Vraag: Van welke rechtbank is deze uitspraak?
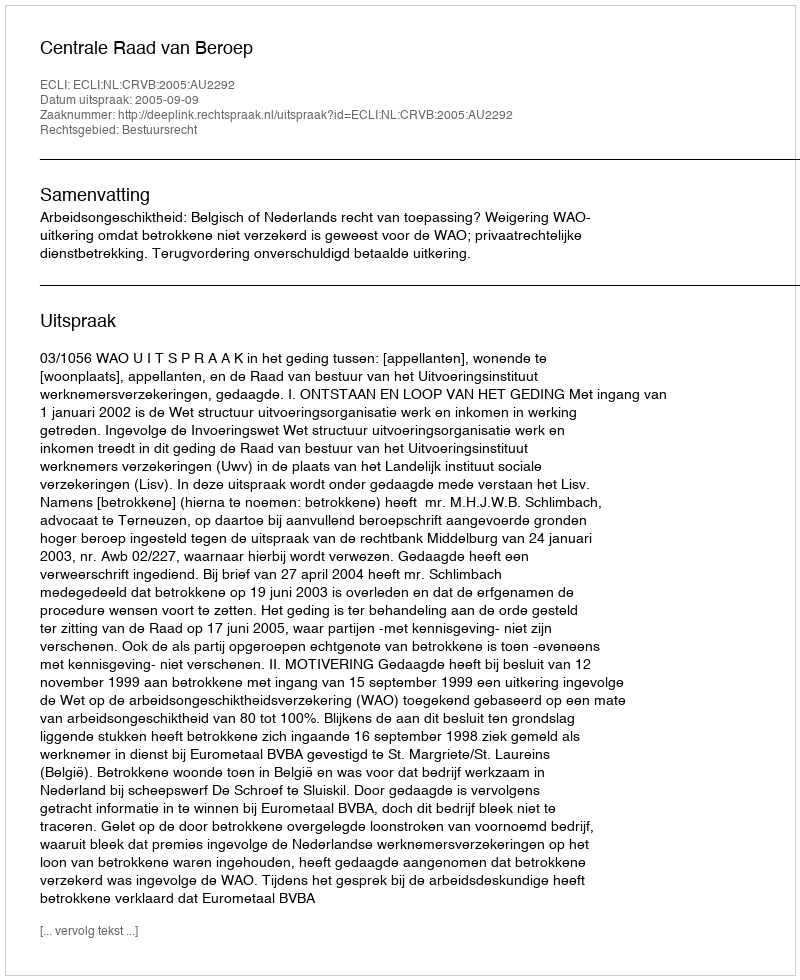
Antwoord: Centrale Raad van Beroep